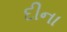
દીના